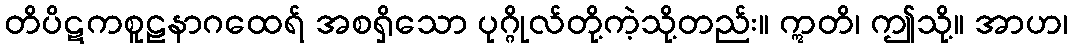
တိပိဋကစူဠနာဂထေရ် အစရှိသော ပုဂ္ဂိုလ်တို့ကဲ့သို့တည်း။ ဣတိ၊ ဤသို့။ အာဟ၊